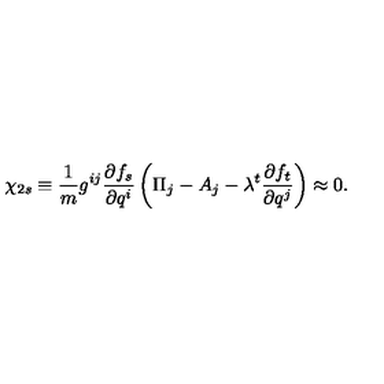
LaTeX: \chi _ { 2 s } \equiv \frac { 1 } { m } g ^ { i j } \frac { \partial f _ { s } } { \partial q ^ { i } } \left( \Pi _ { j } - A _ { j } - \lambda ^ { t } \frac { \partial f _ { t } } { \partial q ^ { j } } \right) \approx 0 .